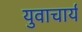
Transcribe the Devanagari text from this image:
युवाचार्य